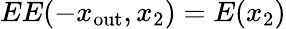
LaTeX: EE(-x_{\mathrm{out}},x_{2})=E(x_{2})